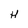
Character: H